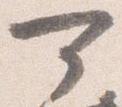
可